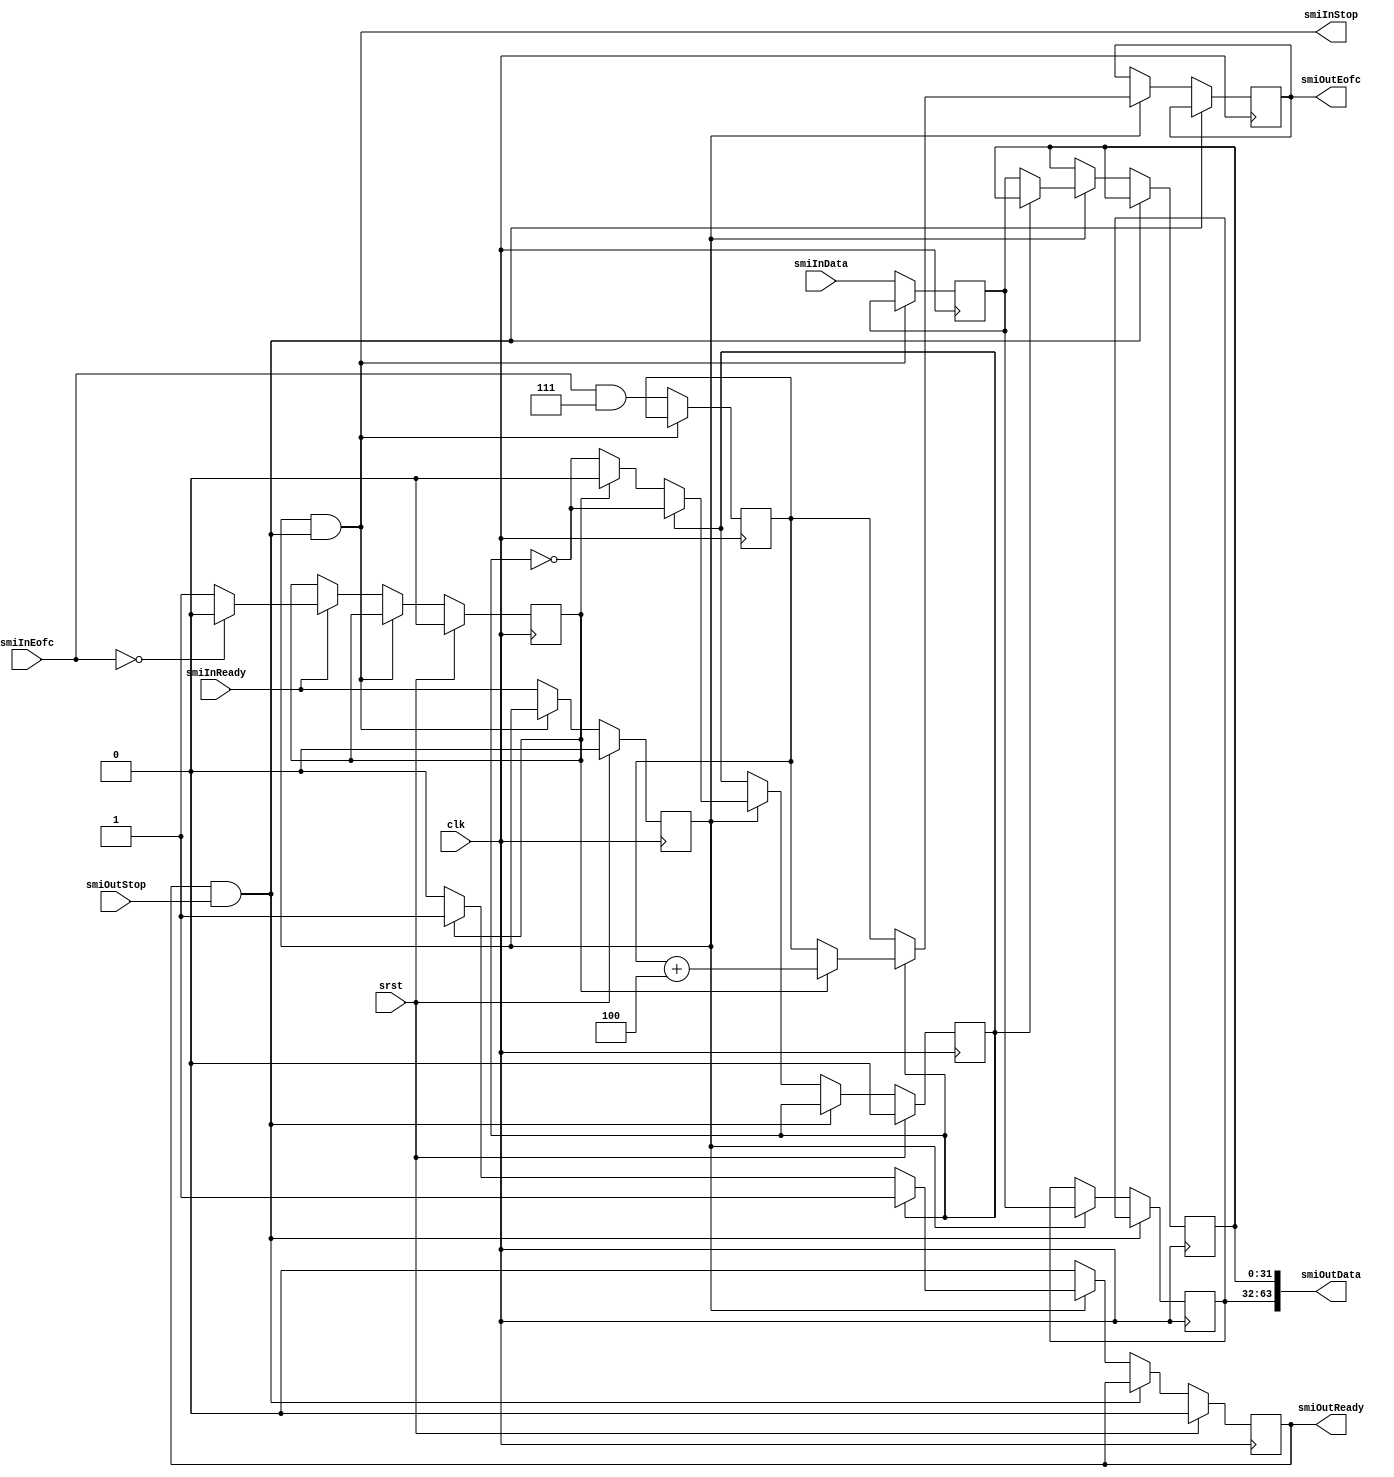
//
// Copyright 2017 ReconfigureIO
//
// Licensed under the Apache License, Version 2.0 (the "License");
// you may not use this file except in compliance with the License.
// You may obtain a copy of the License at
//
//     http://www.apache.org/licenses/LICENSE-2.0
//
// Unless required by applicable law or agreed to in writing, software
// distributed under the License is distributed on an "AS IS" BASIS,
// WITHOUT WARRANTIES OR CONDITIONS OF ANY KIND, either express or implied.
// See the License for the specific language governing permissions and
// limitations under the License.//
//

//
// Provides support for SMI flit width scaling. This is a single scaling stage
// which increases the flit width by a factor of 2.
//

`timescale 1ns/1ps

module smiFlitScaleStageX2
  (smiInReady, smiInEofc, smiInData, smiInStop, smiOutReady, smiOutEofc,
  smiOutData, smiOutStop, clk, srst);

// Specifies the width of the flit data input port as an integer power of two
// number of bytes.
parameter FlitWidth = 4;

// Derives the mask for unused end of frame control bits.
parameter EofcMask = 2 * FlitWidth - 1;

// Specifies the clock and active high synchronous reset signals.
input clk;
input srst;

// Specifies the SMI input signals.
input                   smiInReady;
input [7:0]             smiInEofc;
input [FlitWidth*8-1:0] smiInData;
output                  smiInStop;

// Specifies the SMI output signals.
output                    smiOutReady;
output [7:0]              smiOutEofc;
output [FlitWidth*16-1:0] smiOutData;
input                     smiOutStop;

// Specifies the SMI input register signals.
reg                   smiInReady_q;
reg [7:0]             smiInEofc_q;
reg [FlitWidth*8-1:0] smiInData_q;
reg                   smiInLast_q;
wire                  smiInHalt;

// Specifies the SMI bus width expansion signals.
reg                   expDataReady_d;
reg                   expDataPhase_d;
reg [FlitWidth*8-1:0] expDataLow_d;
reg [FlitWidth*8-1:0] expDataHigh_d;
reg [7:0]             expDataEofc_d;

reg                   expDataReady_q;
reg                   expDataPhase_q;
reg [FlitWidth*8-1:0] expDataLow_q;
reg [FlitWidth*8-1:0] expDataHigh_q;
reg [7:0]             expDataEofc_q;
wire                  expDataHalt;

// Implement the resettable input control registers.
always @(posedge clk)
begin
  if (srst)
  begin
    smiInReady_q <= 1'd0;
    smiInLast_q <= 1'd0;
  end
  else if (~(smiInReady_q & smiInHalt))
  begin
    smiInReady_q <= smiInReady;
    if (smiInReady)
      smiInLast_q <= (smiInEofc == 8'd0) ? 1'b0 : 1'b1;
  end
end

// Implement the non-resettable input datapath registers.
always @(posedge clk)
begin
  if (~(smiInReady_q & smiInHalt))
  begin
    smiInEofc_q <= smiInEofc & EofcMask[7:0];
    smiInData_q <= smiInData;
  end
end

assign smiInStop = smiInReady_q & smiInHalt;

// Combinatorial logic for carrying out bus width expansion.
always @(expDataPhase_q, expDataLow_q, expDataHigh_q, expDataEofc_q,
  smiInReady_q, smiInEofc_q, smiInData_q, smiInLast_q)
begin

  // Hold current state by default.
  expDataReady_d = 1'd0;
  expDataPhase_d = expDataPhase_q;
  expDataLow_d = expDataLow_q;
  expDataHigh_d = expDataHigh_q;
  expDataEofc_d = expDataEofc_q;

  // Update on new input.
  if (smiInReady_q)
  begin
    expDataPhase_d = ~expDataPhase_q;
    expDataHigh_d = smiInData_q;
    expDataEofc_d = smiInEofc_q;

    // Process 'low' data phase.
    if (~expDataPhase_q)
    begin
      expDataLow_d = smiInData_q;
      if (smiInLast_q)
      begin
        expDataReady_d = 1'b1;
        expDataPhase_d = 1'b0;
      end
    end

    // Process 'high' data phase.
    else
    begin
      expDataReady_d = 1'b1;
      if (smiInLast_q)
      begin
        expDataEofc_d = smiInEofc_q + FlitWidth[7:0];
      end
    end
  end
end

// Resettable control logic for carrying out bus width expansion.
always @(posedge clk)
begin
  if (srst)
  begin
    expDataReady_q <= 1'b0;
    expDataPhase_q <= 1'b0;
  end
  else if (~(expDataReady_q & expDataHalt))
  begin
    expDataReady_q <= expDataReady_d;
    expDataPhase_q <= expDataPhase_d;
  end
end

// Non-resettable datapath logic for carrying out bus width expansion.
always @(posedge clk)
begin
  if (~(expDataReady_q & expDataHalt))
  begin
    expDataLow_q <= expDataLow_d;
    expDataHigh_q <= expDataHigh_d;
    expDataEofc_q <= expDataEofc_d;
  end
end

assign smiInHalt = expDataReady_q & expDataHalt;

// Map the output port signals.
assign smiOutReady = expDataReady_q;
assign smiOutEofc = expDataEofc_q;
assign smiOutData = {expDataHigh_q, expDataLow_q};
assign expDataHalt = smiOutStop;

endmodule